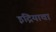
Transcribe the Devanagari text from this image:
इंद्रियाचा